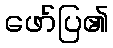
ဖော်ပြ၏